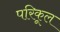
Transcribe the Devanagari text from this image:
परिकूल